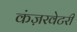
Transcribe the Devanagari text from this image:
कंज़रवेटरी